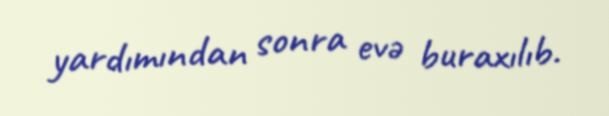
yardımından sonra evə buraxılıb.